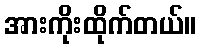
အားကိုးထိုက်တယ်။